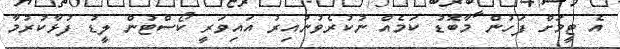
އެ ޓީމަށް ފަހުން މާބޮޑު ކަމެއް ނުކުރެވުނުއިރު އައިވަރީ ކޯސްޓުން ލީޑު ފުޅާކުރުމާ